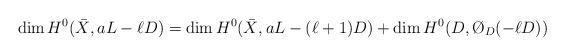
LaTeX: \begin{align*}\dim H^0(\bar X,aL-\ell D)=\dim H^0(\bar X,aL-(\ell+1) D)+\dim H^0(D,\O_D(-\ell D))\end{align*}